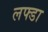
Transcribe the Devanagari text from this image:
लफ्डा